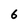
Character: 6